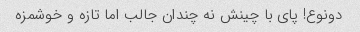
دونوع! پای با چینش نه چندان جالب اما تازه و خوشمزه